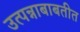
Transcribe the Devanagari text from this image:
उत्पन्नाबाबतीत